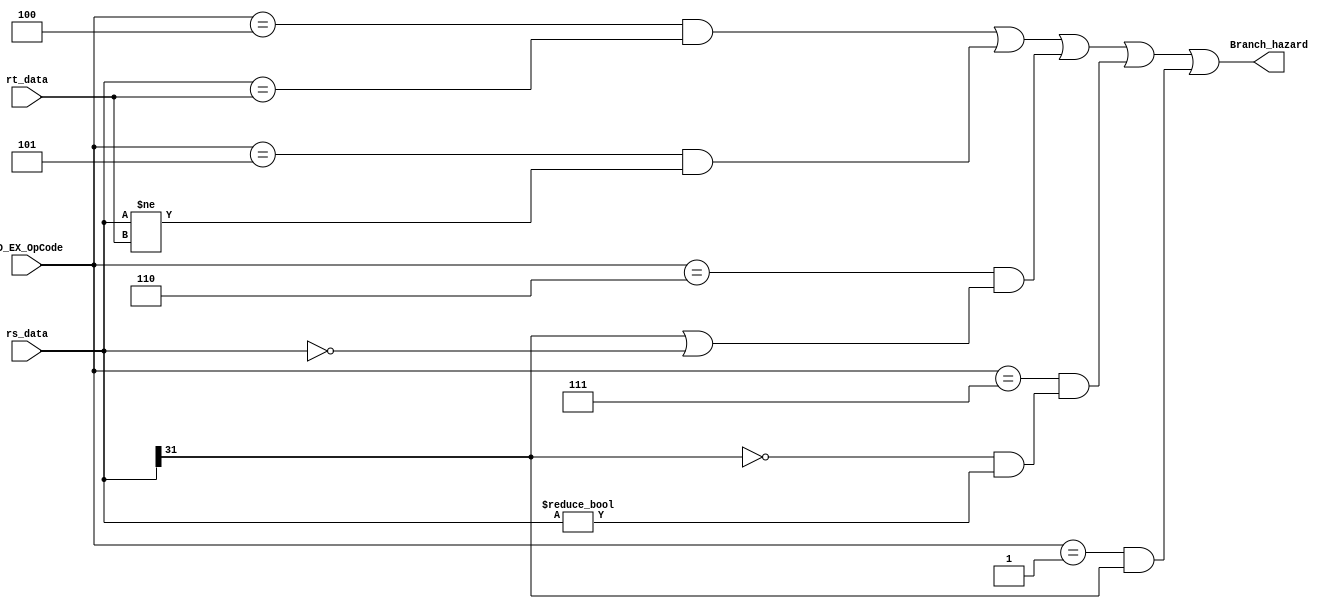
`timescale 1ns / 1ps
module Branch (
         ID_EX_OpCode,
         rs_data, rt_data,
         Branch_hazard
       );
input [5:0] ID_EX_OpCode;
input [31:0] rs_data, rt_data;

output Branch_hazard;

// 6'h04: beq
// 6'h05: bne
// 6'h06: blez
// 6'h07: bgtz
// 6'h01: bltz
assign Branch_hazard = ((ID_EX_OpCode == 6'h04) && (rs_data == rt_data)) ||
       ((ID_EX_OpCode == 6'h05) && (rs_data != rt_data)) ||
       ((ID_EX_OpCode == 6'h06) && (rs_data[31] || (rs_data == 32'b0))) ||
       ((ID_EX_OpCode == 6'h07) && (~rs_data[31] && (rs_data != 32'b0))) ||
       ((ID_EX_OpCode == 6'h01) && (rs_data[31]));

endmodule